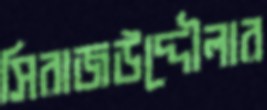
সিরাজউদ্দৌলার